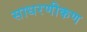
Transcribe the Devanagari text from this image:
साधरणीकण